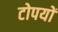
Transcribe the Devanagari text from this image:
टोपयों